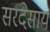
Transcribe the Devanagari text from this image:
सरदेसाय